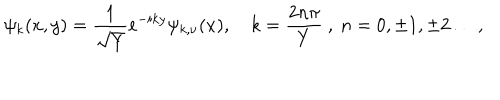
\psi _ { k } ( x , y ) = \frac { 1 } { \sqrt { Y } } e ^ { - i k y } \psi _ { k , \nu } ( x ) , \quad k = \frac { 2 n \pi } { Y } ~ , ~ n = 0 , \pm 1 , \pm 2 \dots ,